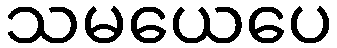
သမယေပေ